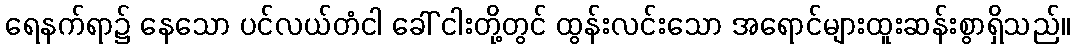
ရေနက်ရာ၌ နေသော ပင်လယ်တံငါ ခေါ် ငါးတို့တွင် ထွန်းလင်းသော အရောင်များထူးဆန်းစွာရှိသည်။